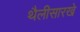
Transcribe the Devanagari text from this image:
थैलीसारखे